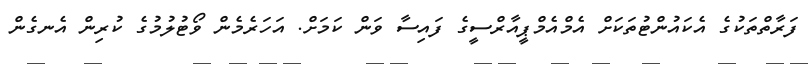
ފަރާތްތަކުގެ އެކައުންޓުތަކަށް އެމްއެމްޕީއާރްސީގެ ފައިސާ ވަން ކަމަށް. އަހަރެމެން ވޯޓުލުމުގެ ކުރިން އެނގެން